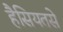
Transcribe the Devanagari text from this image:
हैसियतसे